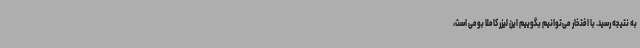
به نتیجه رسید. با افتخار می‌توانیم بگوییم این لیزر کاملا بومی است،